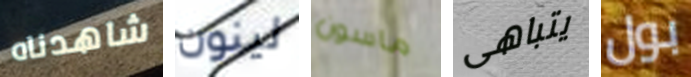
شاهدناه لينون ماسون يتباهى بول